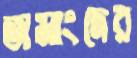
তামাংদের